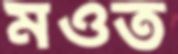
মওত